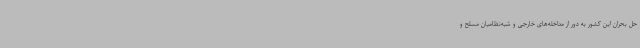
حل بحران این کشور به دور از مداخله‌های خارجی و شبه‌نظامیان مسلح و